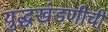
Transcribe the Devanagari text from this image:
युद्धखंडणीची